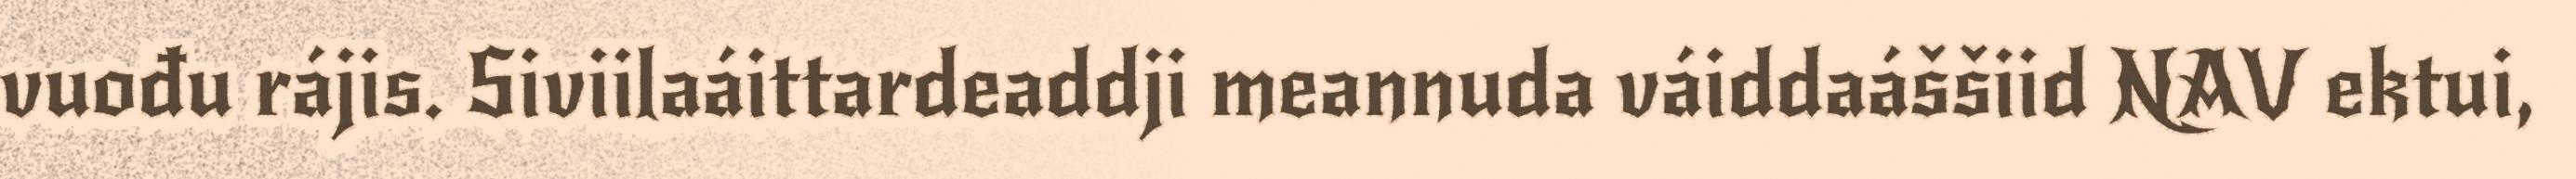
vuođu rájis. Siviilaáittardeaddji meannuda váiddaáššiid NAV ektui,